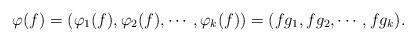
LaTeX: \begin{align*} \varphi(f)=(\varphi_1(f),\varphi_2(f),\cdots,\varphi_k(f))= (f {g_1},f {g_2},\cdots,f {g_k}).\end{align*}